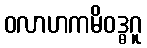
ဝလာဟကမိဝဒ္ဓဂူ